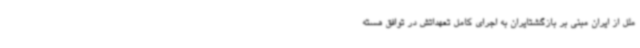
ملل از ایران مبنی بر بازگشتایران به اجرای کامل تعهداتش در توافق هسته